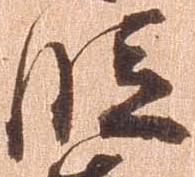
段